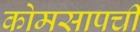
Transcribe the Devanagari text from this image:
कोमसापची